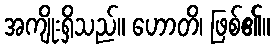
အကျိုးရှိသည်။ ဟောတိ၊ ဖြစ်၏။